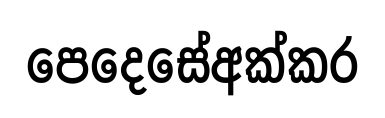
පෙදෙසේඅක්කර